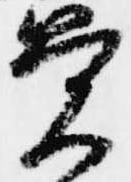
覚